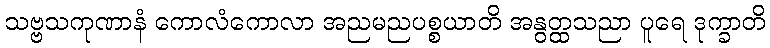
သဗ္ဗသကုဏာနံ ကောလံကောလာ အညမညပစ္စယာတိ အနွတ္ထသညာ ပူရေ ဒုက္ခာတိ